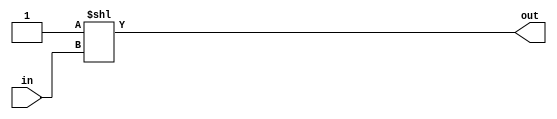
`timescale 1ns / 1ps
//////////////////////////////////////////////////////////////////////////////////
// Company: 
// Engineer: 
// 
// Design Name: 
// Module Name: decoder
// Project Name: 
// Target Devices: 
// Tool Versions: 
// Description: 
// 
// Dependencies: 
// 
// Revision:
// Revision 0.01 - File Created
// Additional Comments:
// 
//////////////////////////////////////////////////////////////////////////////////


module decoder(input [1:0] in, output [3:0] out);
assign out = 4'b0001 << in;
endmodule